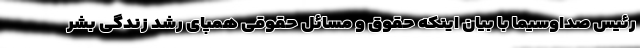
رئیس صداوسیما با بیان اینکه حقوق و مسائل حقوقی همپای رشد زندگی بشر